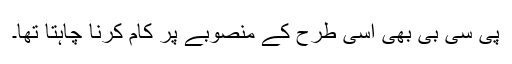
پی سی بی بھی اسی طرح کے منصوبے پر کام کرنا چاہتا تھا۔